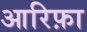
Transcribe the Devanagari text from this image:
आरिफ़ा